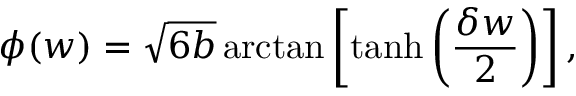
\phi ( w ) = \sqrt { 6 b } \arctan \left[ \operatorname { t a n h } \left( \frac { \delta w } { 2 } \right) \right] ,